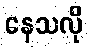
နေသလို